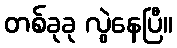
တစ်ခုခု လွဲနေပြီ။